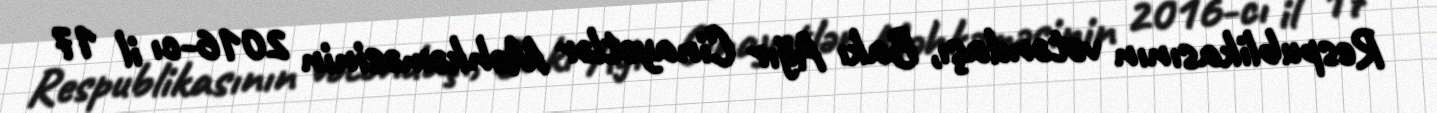
Respublikasının vətəndaşı, Bakı Ağır Cinayətlər Məhkəməsinin 2016-cı il 17